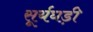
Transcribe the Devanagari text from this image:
सूर्यघड़ी